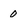
Character: 0